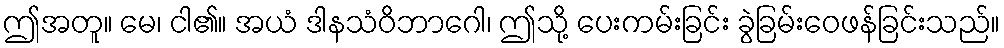
ဤအတူ။ မေ၊ ငါ၏။ အယံ ဒါနသံဝိဘာဂေါ၊ ဤသို့ ပေးကမ်းခြင်း ခွဲခြမ်းဝေဖန်ခြင်းသည်။